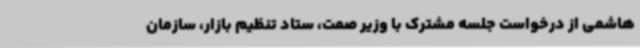
هاشمی از درخواست جلسه مشترک با وزیر صمت، ستاد تنظیم بازار، سازمان